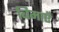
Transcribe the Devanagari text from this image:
बिमाएँ